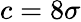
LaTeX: c=8\sigma